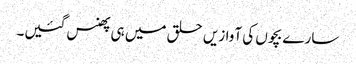
سارے بچوں کی آوازیں حلق میں ہی پھنس گئیں۔